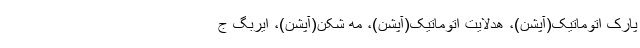
پارک اتوماتیک(آپشن)، هدلایت اتوماتیک(آپشن)، مه شکن(آپشن)، ایربگ ج